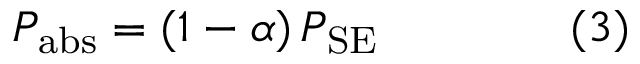
P _ { \mathrm { { a b s } } } = ( 1 - \alpha ) \, P _ { \mathrm { { S E } } } \qquad \qquad ( 3 )